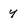
Character: y